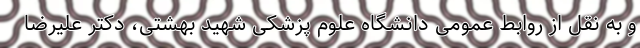
و به نقل از روابط عمومی دانشگاه علوم پزشکی شهید بهشتی، دکتر علیرضا